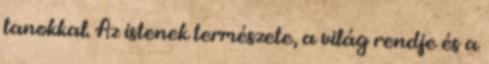
tanokkal. Az istenek természete, a világ rendje és a